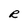
Character: R